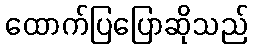
ထောက်ပြပြောဆိုသည်